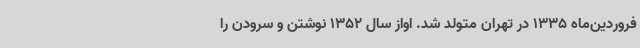
فروردین‌ماه 1335 در تهران متولد شد. اواز سال 1352 نوشتن و سرودن را